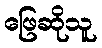
ဖြေဆိုသူ